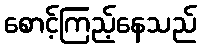
စောင့်ကြည့်နေသည်